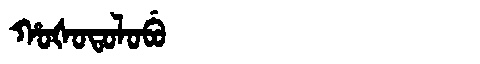
Manchu: ᡥᠣᡧᠣᡨᠣᠯᠣᠪᡠ
Romanization: HOŠOTOLOBU